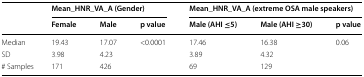
| <ROWSPAN=2>  | <COLSPAN=3> Mean_HNR_VA_A (Gender) | <COLSPAN=3> Mean_HNR_VA_A (extreme OSA male speakers) |
 | Female | Male | p value | Male (AHI ≤5) | Male (AHI ≥30) | p value |
 | --- | --- | --- | --- | --- | --- | --- |
 | Median | 19.43 | 17.07 | <0.0001 | 17.46 | 16.38 | 0.06 |
 | SD | 3.98 | 4.23 |  | 3.89 | 4.32 |  |
 | # Samples | 171 | 426 |  | 69 | 129 |  |